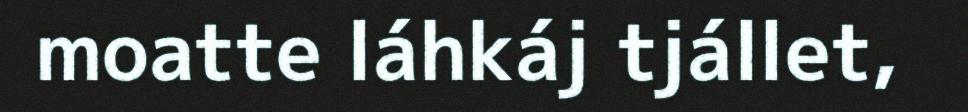
moatte láhkáj tjállet,